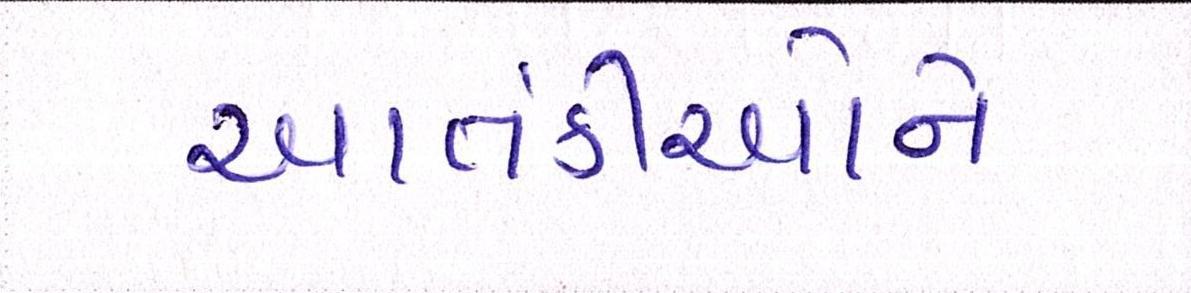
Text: આતંકીઓને